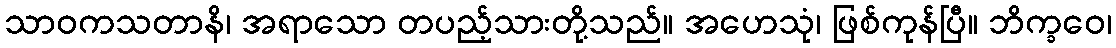
သာဝကသတာနိ၊ အရာသော တပည့်သားတို့သည်။ အဟေသုံ၊ ဖြစ်ကုန်ပြီ။ ဘိက္ခဝေ၊